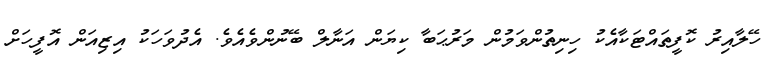
ހޭލާއިރު ކޮފީތައްޓަކާއެކު ހިނިތުންވަމުން މަރުޙަބާ ކިޔަން އަނާލް ބޭނުންވެއެވެ. އެދުވަހަކު އިޒިއަން އޮފީހަށް